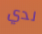
لدي